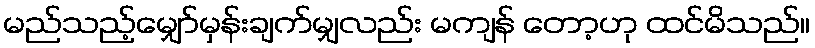
မည်သည့်မျှော်မှန်းချက်မျှလည်း မကျန် တော့ဟု ထင်မိသည်။